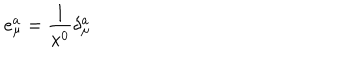
LaTeX: e _ { \mu } ^ { a } = \frac { 1 } { x ^ { 0 } } \delta _ { \mu } ^ { a }